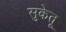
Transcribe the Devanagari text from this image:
सुकेतू